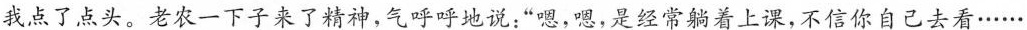
我点了点头。老农一下子来了精神，气呼呼地说：”嗯，嗯，是经常着上课，不信你自己去看……